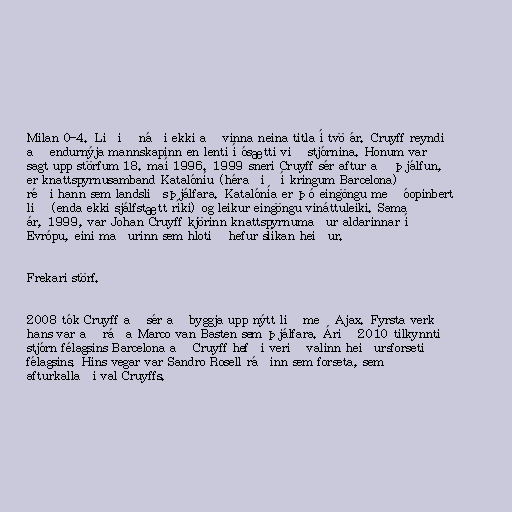
Milan 0-4. Liðið náði ekki að vinna neina titla í tvö ár. Cruyff reyndi
að endurnýja mannskapinn en lenti í ósætti við stjórnina. Honum var
sagt upp störfum 18. maí 1996. 1999 sneri Cruyff sér aftur að þjálfun,
er knattspyrnusamband Katalóníu (héraðið í kringum Barcelona)
réði hann sem landsliðsþjálfara. Katalónía er þó eingöngu með óopinbert
lið (enda ekki sjálfstætt ríki) og leikur eingöngu vináttuleiki. Sama
ár, 1999, var Johan Cruyff kjörinn knattspyrnumaður aldarinnar í
Evrópu, eini maðurinn sem hlotið hefur slíkan heiður.

Frekari störf.

2008 tók Cruyff að sér að byggja upp nýtt lið með Ajax. Fyrsta verk
hans var að ráða Marco van Basten sem þjálfara. Árið 2010 tilkynnti
stjórn félagsins Barcelona að Cruyff hefði verið valinn heiðursforseti
félagsins. Hins vegar var Sandro Rosell ráðinn sem forseta, sem
afturkallaði val Cruyffs.